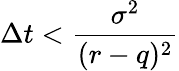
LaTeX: \Delta t<{\frac{\sigma^{2}}{(r-q)^{2}}}